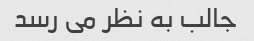
جالب به نظر می رسد